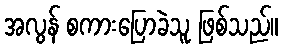
အလွန် စကားပြောခဲသူ ဖြစ်သည်။